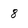
Character: 8